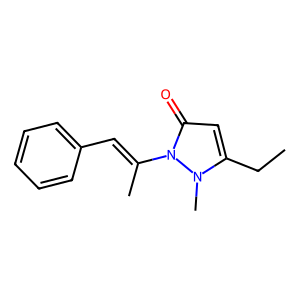
SMILES: CCc1cc(=O)n(C(C)=Cc2ccccc2)n1C
Inhibits HIV replication: No